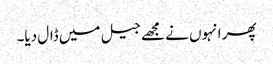
پھر انہوں نے مجھے جیل میں ڈال دیا۔